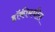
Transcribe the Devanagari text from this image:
हॉकीमधील